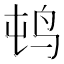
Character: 𲍭